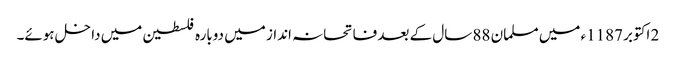
2 اکتوبر 1187ء میں مسلمان 88 سال کے بعد فاتحانہ انداز میں دوبارہ فلسطین میں داخل ہوئے۔